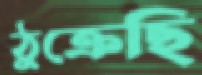
ঠুক্‌রেছি